Annual administration and progress report of the Indian Medical Department, Bombay
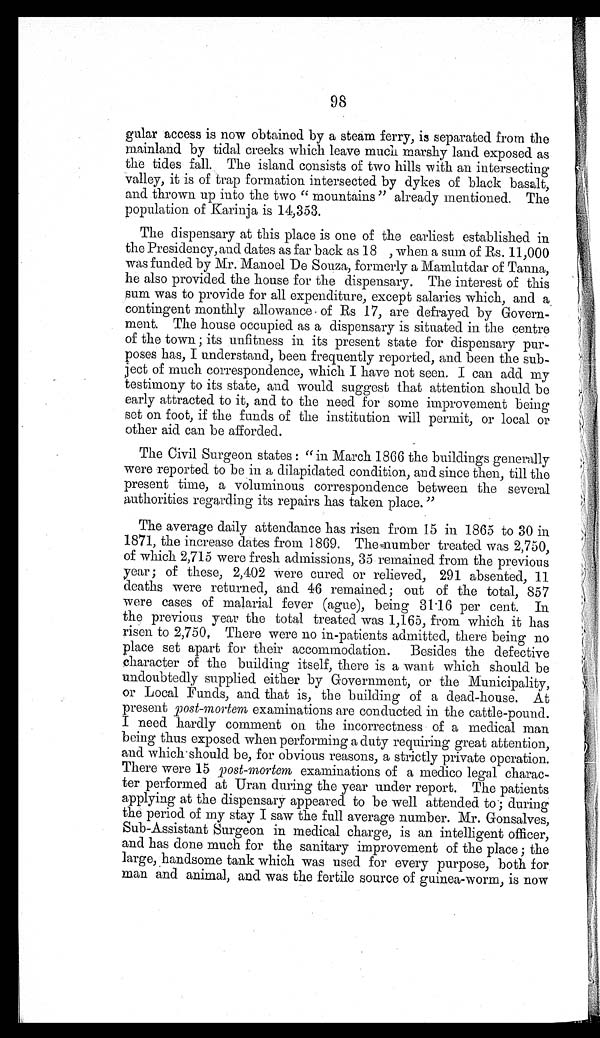
98
gular access is now obtained by a steam ferry, is separated from the
mainland by tidal creeks which leave much marshy land exposed as
the tides fall. The island consists of two hills with an intersecting
valley, it is of trap formation intersected by dykes of black basalt,
and thrown up into the two " mountains " already mentioned. The
population of Karinja is 14,353.
The dispensary at this place is one of the earliest established in
the Presidency, and dates as far back as 18 , when a sum of Rs. 11,000
was funded by Mr. Manoel De Souza, formerly a Mamlutdar of Tanna,
he also provided the house for the dispensary. The interest of this
sum was to provide for all expenditure, except salaries which, and a
contingent monthly allowance of Rs 17, are defrayed by Govern-
ment. The house occupied as a dispensary is situated in the centre
of the town ; its unfitness in its present state for dispensary pur-
poses has, I understand, been frequently reported, and been the sub-
ject of much correspondence, which I have not seen. I can add my
testimony to its state, and would suggest that attention should be
early attracted to it, and to the need for some improvement being
set on foot, if the funds of the institution will permit, or local or
other aid can be afforded.
The Civil Surgeon states : "in March 1866 the buildings generally
were reported to be in a dilapidated condition, and since then, till the
present time, a voluminous correspondence between the several
authorities regarding its repairs has taken place. "
The average daily attendance has risen from 15 in 1865 to 30 in
1871, the increase dates from 1869. The number treated was 2,750,
of which 2,715 were fresh admissions, 35 remained from the previous
year; of these, 2,402 were cured or relieved, 291 absented, 11
deaths were returned, and 46 remained; out of the total, 857
were cases of malarial fever (ague), being 31 . 16 per cent. In
the previous year the total treated was 1,165, from which it has
risen to 2,750. There were no in-patients admitted, there being no
place set apart for their accommodation. Besides the defective
character of the building itself, there is a want which should be
undoubtedly supplied either by Government, or the Municipality,
or Local Funds, and that is, the building of a dead-house. At
present post-mortem examinations are conducted in the cattle-pound.
I need hardly comment on the incorrectness of a medical man
being thus exposed when performing a duty requiring great attention,
and which should be, for obvious reasons, a strictly private operation.
There were 15 p ost-mortem examinations of a medico legal charac-
ter performed at Uran during the year under report. The patients
applying at the dispensary appeared to be well attended to; during
the period of my stay I saw the full average number. Mr. Gonsalves,
Sub-Assistant Surgeon in medical charge, is an intelligent officer,
and has done much for the sanitary improvement of the place; the
large, handsome tank which was used for every purpose, both for
man and animal, and was the fertile source of guinea-worm, is now